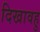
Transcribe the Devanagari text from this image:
दिखावहु